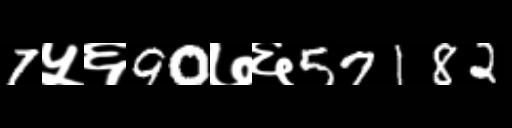
Text: 7५६90७६57182